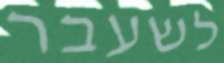
לשעבר